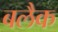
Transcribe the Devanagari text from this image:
बलैक